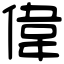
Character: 偉